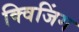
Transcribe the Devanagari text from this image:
क्विजिंग